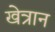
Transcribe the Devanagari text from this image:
खेत्रान